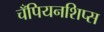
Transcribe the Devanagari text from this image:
चँपियनशिप्स